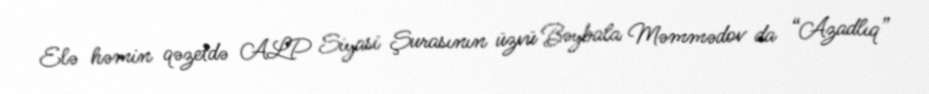
Elə həmin qəzetdə ALP Siyasi Şurasının üzvü Bəybala Məmmədov da “Azadlıq”